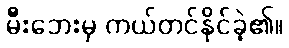
မီးဘေးမှ ကယ်တင်နိုင်ခဲ့၏။